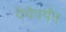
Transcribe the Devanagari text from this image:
येथेपर्यंत